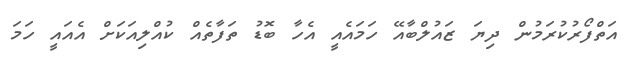
އަތްފޯރުކުރަމުން ދިޔަ ޒައުލްބާއޭ ހަމައެއީ އެހާ ބޮޑު ތަފާތެއް ކުއްލިއަކަށް އެއައީ ހަމަ